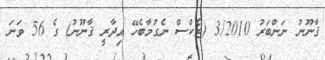
ޤާނޫނު ނަންބަރު 3/2010 (ޓެކްސް ނެގުމާބެހޭ އިދާރީ ޤާނޫނު) ގެ 56 ވަނަ